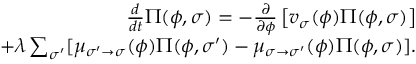
\begin{array} { r } { \frac { d } { d t } \Pi ( \phi , \sigma ) = - \frac { \partial } { \partial \phi } \left[ v _ { \sigma } ( \phi ) \Pi ( \phi , \sigma ) \right] } \\ { + \lambda \sum _ { \sigma ^ { \prime } } [ \mu _ { \sigma ^ { \prime } \to \sigma } ( \phi ) \Pi ( \phi , \sigma ^ { \prime } ) - \mu _ { \sigma \to \sigma ^ { \prime } } ( \phi ) \Pi ( \phi , \sigma ) ] . } \end{array}